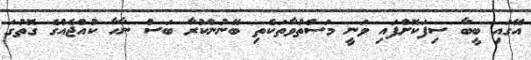
އޭގައި ބީބާ ސިފަކޮށްފައި ވަނީ މަސްތުވާތަކެތި ބޭނުންކުރާ ބަސް ނާހާ ކުއްޖެއްގެ ގޮތުގަ